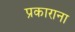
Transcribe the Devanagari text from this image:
प्रकाराना